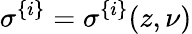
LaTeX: \sigma^{\{ i\} }=\sigma^{\{ i\} }(z,\nu)